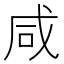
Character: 咸